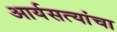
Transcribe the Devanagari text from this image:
आर्यसत्यांचा